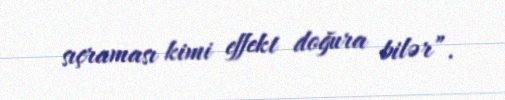
sıçraması kimi effekt doğura bilər”.